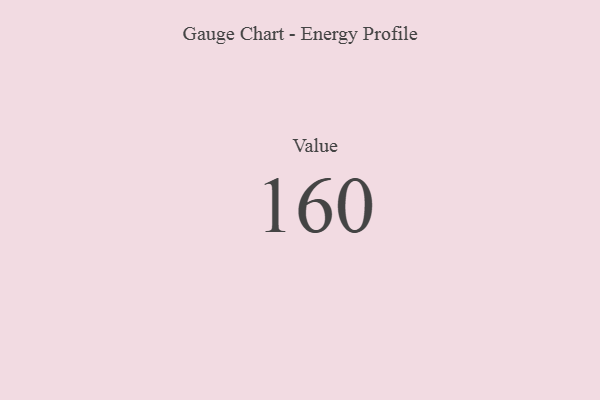
{"axis": {"x": "Metric", "y": "Value"}, "legend": [""], "data": [{"x": "Value", "y": 160, "type": ""}]}